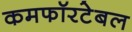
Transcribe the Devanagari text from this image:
कमफॉरटेबल